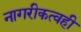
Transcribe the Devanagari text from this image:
नागरीकत्वही